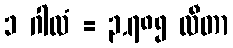
၁ ဂါလံ = ၃.၇၈၅ လီတာ